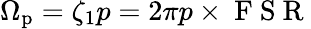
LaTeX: \Omega_{\mathrm{p}}=\zeta_{1}p=2\pi p\times\mathrm{~F~S~R~}